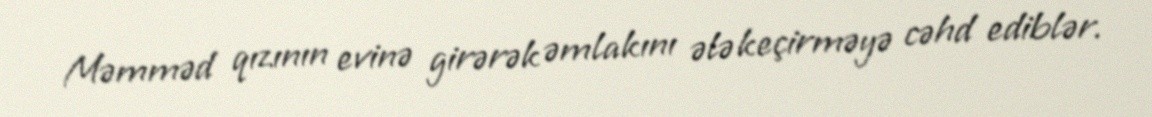
Məmməd qızının evinə girərək əmlakını ələ keçirməyə cəhd ediblər.